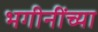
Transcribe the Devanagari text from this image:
भगीनींच्या